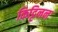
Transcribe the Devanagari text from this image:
किट्टिनन